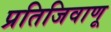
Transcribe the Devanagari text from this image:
प्रतिजिवाणू